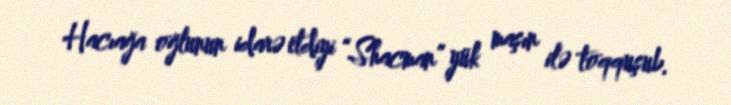
Hacıağa oğlunun idarə etdiyi “Shacman” yük maşın ilə toqquşub.